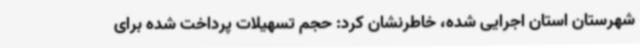
شهرستان استان اجرایی شده، خاطرنشان کرد: حجم تسهیلات پرداخت شده برای